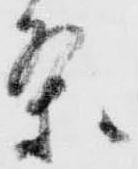
条